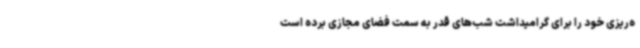
ه‌ریزی خود را برای گرامیداشت شب‌های قدر به سمت فضای مجازی برده است